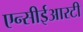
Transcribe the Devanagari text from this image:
एन्सीईआरटी